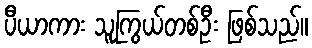
ပီယာကား သူကြွယ်တစ်ဦး ဖြစ်သည်။